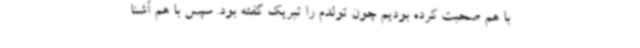
با هم صحبت کرده بودیم چون تولدم را تبریک گفته بود. سپس با هم آشنا